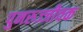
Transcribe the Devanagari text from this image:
पुनरुज्जीवक